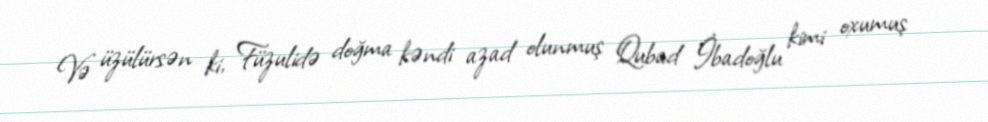
Və üzülürsən ki, Füzulidə doğma kəndi azad olunmuş Qubad İbadoğlu kimi oxumuş